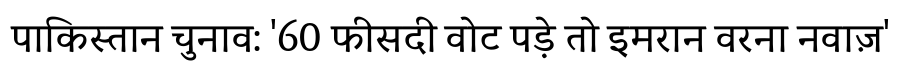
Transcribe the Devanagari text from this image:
पाकिस्तान चुनाव: '60 फीसदी वोट पड़े तो इमरान वरना नवाज़'